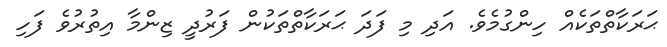
ޙަރަކާތްތަކެއް ހިންގުމެވެ. އަދި މި ފަދަ ޙަރަކާތްތަކުން ފަރުދީ ޒިންމާ އިތުރުވެ ފަހި